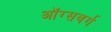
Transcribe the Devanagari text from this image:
ऑग्सवर्ग